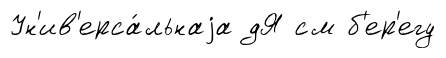
Ун'ив'ерса́льнаjа дЯ см б'ер'егу